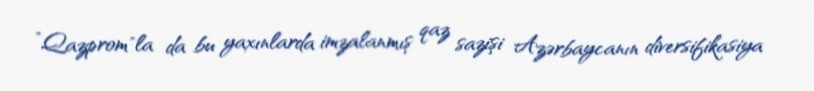
”Qazprom"la da bu yaxınlarda imzalanmış qaz sazişi Azərbaycanın diversifikasiya